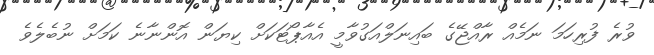
ވުރެ ފުރިހަމަ ނަމެއް ރާއްޖޭގެ ބައިނަލްއަގުވާމީ އެއާޕޯޓަކަށް ކިޔަން އޮންނާނެ ކަމަށް ނުބެލެވެ